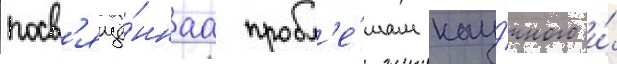
посв'ящё́ннаа пробл'е́мам нау́чного и́